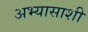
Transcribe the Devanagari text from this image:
अभ्यासाशी